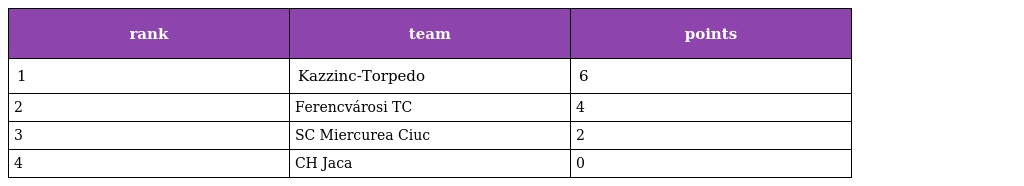
| rank | team | points |
 | --- | --- | --- |
 | 1 | Kazzinc-Torpedo | 6 |
 | 2 | Ferencvárosi TC | 4 |
 | 3 | SC Miercurea Ciuc | 2 |
 | 4 | CH Jaca | 0 |